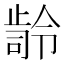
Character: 𭭭